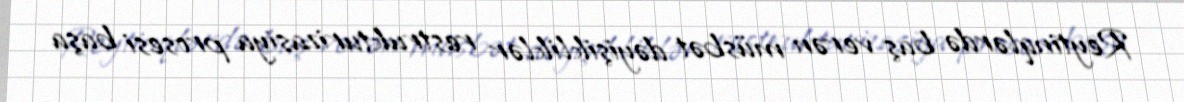
Reytinqlərdə baş verən müsbət dəyişikliklər restrukturizasiya prosesi başa